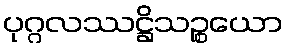
ပုဂ္ဂလဿဋ္ဌိသဉ္စယော